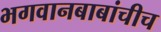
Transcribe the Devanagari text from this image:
भगवानबाबांचीच